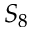
S _ { 8 }